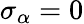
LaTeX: \sigma_{\alpha}=0